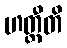
ဟတ္ထီတိ